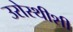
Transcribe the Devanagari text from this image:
उरोस्थीशी